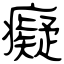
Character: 癡